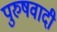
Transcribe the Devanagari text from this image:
पुरुषवादी